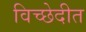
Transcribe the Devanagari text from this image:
विच्छेदीत